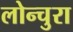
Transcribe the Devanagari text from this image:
लोन्चुरा